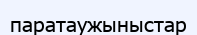
паратаужыныстар